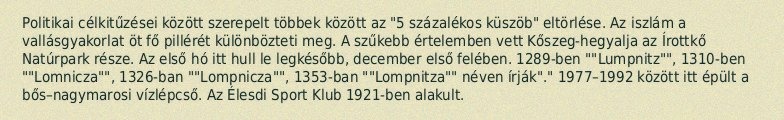
Politikai célkitűzései között szerepelt többek között az "5 százalékos küszöb" eltörlése. Az iszlám a vallásgyakorlat öt fő pillérét különbözteti meg. A szűkebb értelemben vett Kőszeg-hegyalja az Írottkő Natúrpark része. Az első hó itt hull le legkésőbb, december első felében. 1289-ben ""Lumpnitz"", 1310-ben ""Lomnicza"", 1326-ban ""Lompnicza"", 1353-ban ""Lompnitza"" néven írják"." 1977–1992 között itt épült a bős–nagymarosi vízlépcső. Az Élesdi Sport Klub 1921-ben alakult.